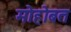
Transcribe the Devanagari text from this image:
मोहोबत